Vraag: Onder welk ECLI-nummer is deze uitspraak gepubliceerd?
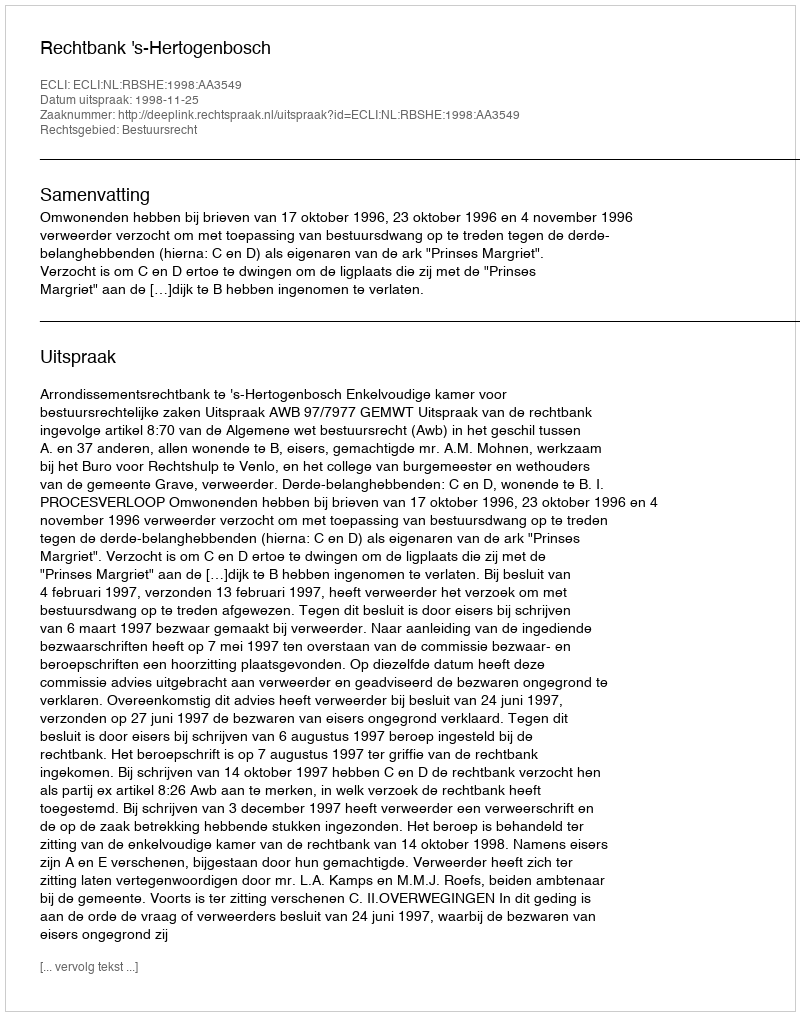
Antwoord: ECLI:NL:RBSHE:1998:AA3549